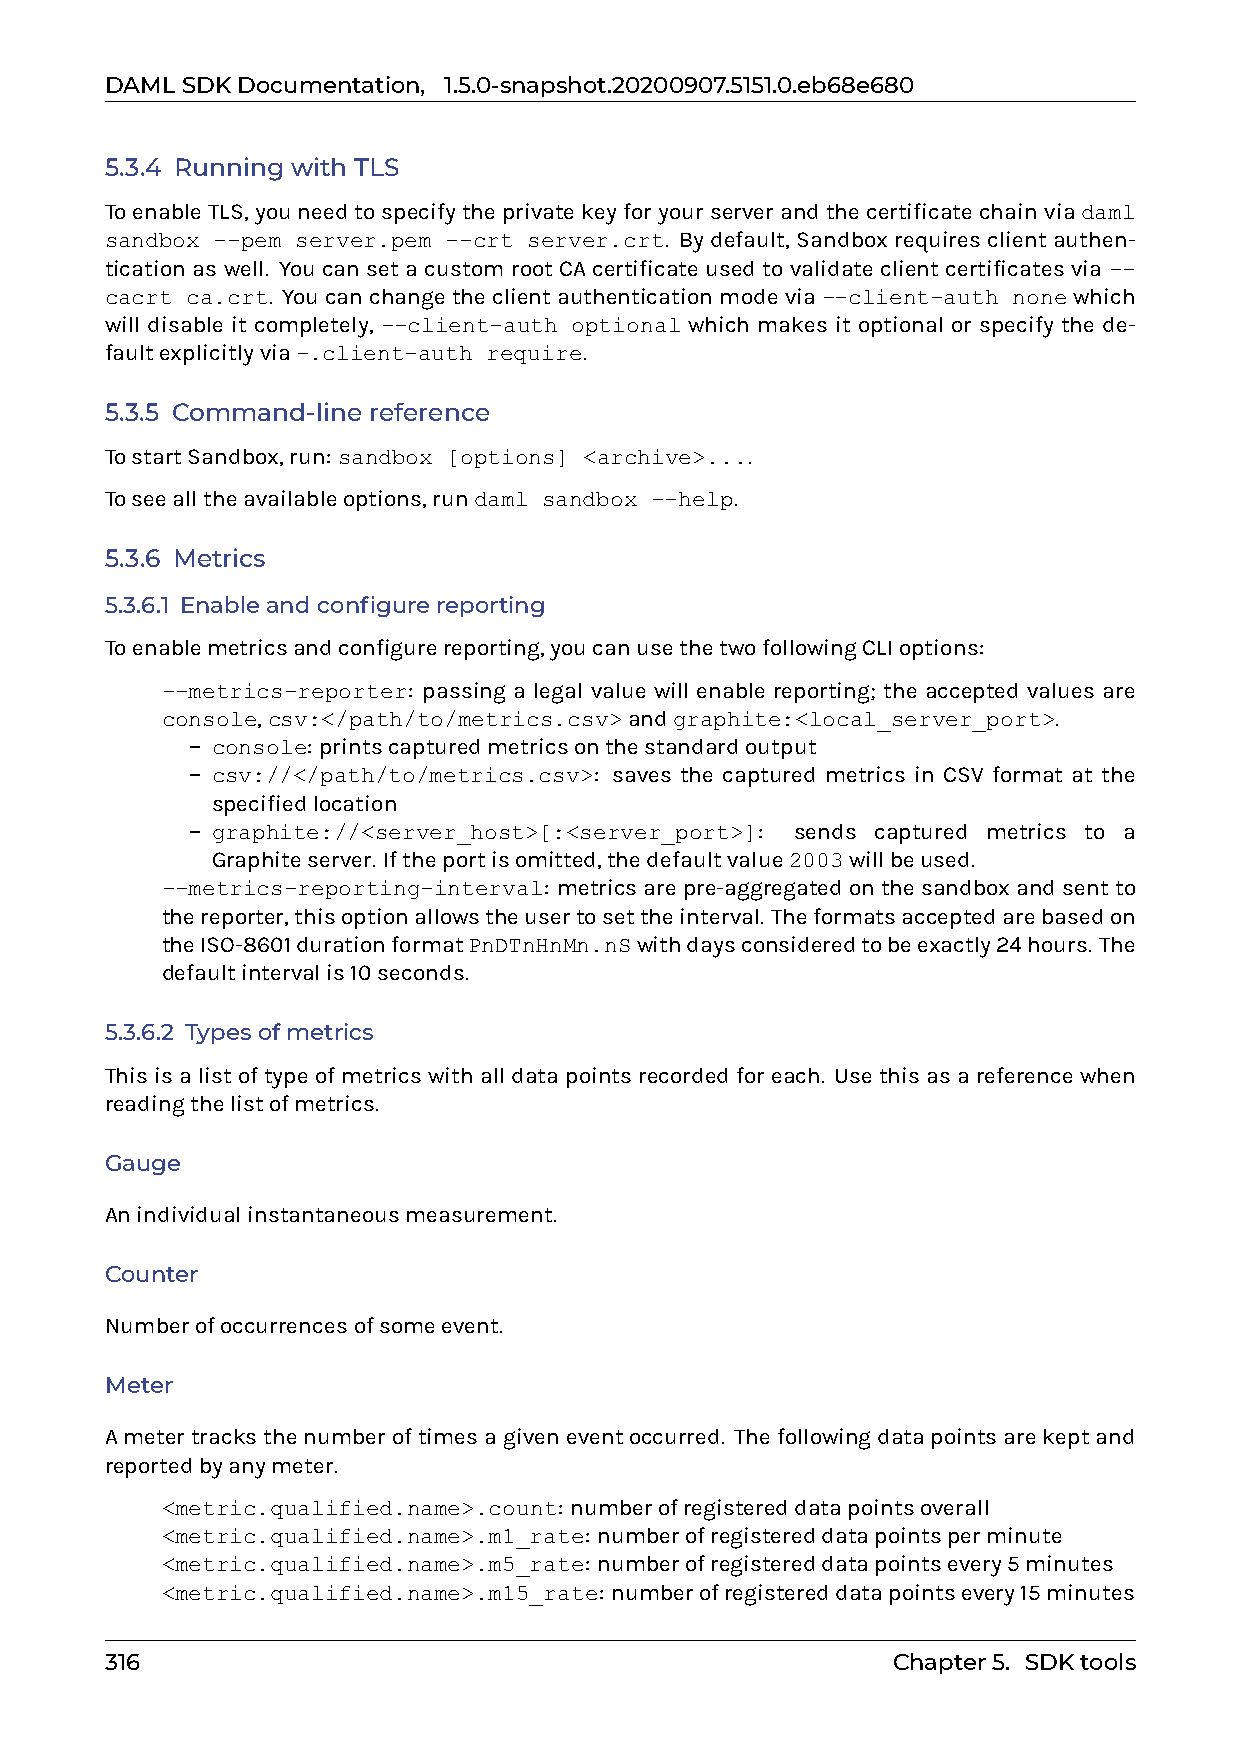
DAMLSDKDocumentation, 1.5.0-snapshot.20200907.5151.0.eb68e680
 5.3.4 Running with TLS
 ToenableTLS,youneedtospecifytheprivatekeyforyourserverandthecertificatechainviadaml
 sandbox --pem server.pem --crt server.crt. By default, Sandbox requires client authen-
 tication as well. You can set a custom root CA certificate used to validate client certificates via --
 cacrt ca.crt. Youcanchangetheclientauthenticationmodevia--client-auth nonewhich
 will disable it completely, --client-auth optional which makes it optional or specify the de-
 faultexplicitlyvia-.client-auth require.
 5.3.5 Command-line reference
 TostartSandbox,run: sandbox [options] <archive>....
 Toseealltheavailableoptions,rundaml sandbox --help.
 5.3.6 Metrics
 5.3.6.1 Enableandconfigurereporting
 Toenablemetricsandconfigurereporting,youcanusethetwofollowingCLIoptions:
 0 --metrics-reporter: passing a legal value will enable reporting; the accepted values are
 console,csv:</path/to/metrics.csv>andgraphite:<local_server_port>.
 – console: printscapturedmetricsonthestandardoutput
 – csv://</path/to/metrics.csv>: saves the captured metrics in CSV format at the
 specifiedlocation
 – graphite://<server_host>[:<server_port>]: sends captured metrics to a
 Graphiteserver. Iftheportisomitted,thedefaultvalue2003willbeused.
 0 --metrics-reporting-interval: metricsarepre-aggregatedonthesandboxandsentto
 thereporter,thisoptionallowstheusertosettheinterval. Theformatsacceptedarebasedon
 theISO-8601durationformatPnDTnHnMn.nSwithdaysconsideredtobeexactly24hours. The
 defaultintervalis10seconds.
 5.3.6.2 Typesofmetrics
 Thisisalistoftypeofmetricswithalldatapointsrecordedforeach. Usethisasareferencewhen
 readingthelistofmetrics.
 Gauge
 Anindividualinstantaneousmeasurement.
 Counter
 Numberofoccurrencesofsomeevent.
 Meter
 Ametertracksthenumberoftimesagiveneventoccurred. Thefollowingdatapointsarekeptand
 reportedbyanymeter.
 0 <metric.qualified.name>.count: numberofregistereddatapointsoverall
 0 <metric.qualified.name>.m1_rate: numberofregistereddatapointsperminute
 0 <metric.qualified.name>.m5_rate: numberofregistereddatapointsevery5minutes
 0 <metric.qualified.name>.m15_rate: numberofregistereddatapointsevery15minutes
 316                                                 Chapter5. SDKtools